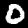
Digit: 0